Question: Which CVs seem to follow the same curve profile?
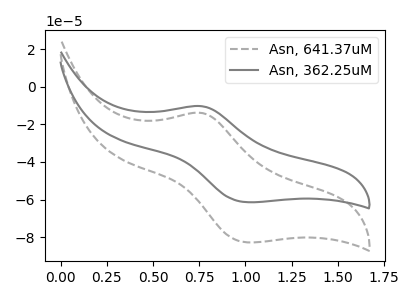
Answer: <think>The gray dashed curve "Asn, 641.37uM" has an anodic peak at (0.75V, -13.90uA) and a cathodic peak at (1.00V, -82.75uA). The gray curve "Asn, 362.25uM" has an anodic peak at (0.75V, -10.30uA) and a cathodic peak at (1.00V, -61.40uA).
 All the peaks in "Asn, 641.37uM" have a peak in "Asn, 362.25uM" at the same potential.</think>
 <answer>"Asn, 362.25uM" and "Asn, 641.37uM" have the same shape and are likely CV's of the same chemical.</answer>
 <eval>"Asn, 362.25uM" "Asn, 641.37uM"</eval>